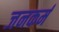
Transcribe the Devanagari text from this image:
जनकर्म